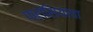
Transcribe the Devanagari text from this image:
फ्रांसियाचा